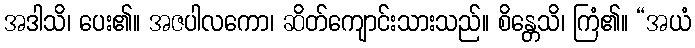
အဒါသိ၊ ပေး၏။ အဇပါလကော၊ ဆိတ်ကျောင်းသားသည်။ စိန္တေသိ၊ ကြံ၏။ “အယံ